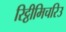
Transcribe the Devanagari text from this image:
रिट्ठीमिचरिउ